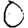
Digit: 0